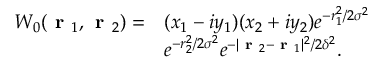
\begin{array} { r l } { W _ { 0 } ( \textbf { r } _ { 1 } , \textbf { r } _ { 2 } ) = } & { ( x _ { 1 } - i y _ { 1 } ) ( x _ { 2 } + i y _ { 2 } ) e ^ { - r _ { 1 } ^ { 2 } / 2 \sigma ^ { 2 } } } \\ & { e ^ { - r _ { 2 } ^ { 2 } / 2 \sigma ^ { 2 } } e ^ { - \vert \textbf { r } _ { 2 } - \textbf { r } _ { 1 } \vert ^ { 2 } / 2 \delta ^ { 2 } } . } \end{array}